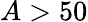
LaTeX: A>50